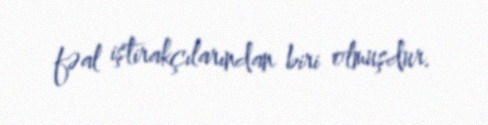
fəal iştirakçılarından biri olmuşdur.